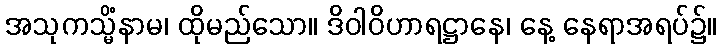
အသုကသ္မိံနာမ၊ ထိုမည်သော။ ဒိဝါဝိဟာရဋ္ဌာနေ၊ နေ့ နေရာအရပ်၌။